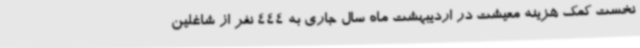
نخست کمک هزینه معیشت در اردیبهشت ماه سال جاری به 444 نفر از شاغلین